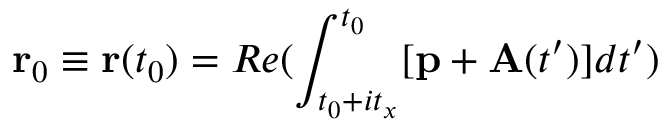
\mathbf { r } _ { 0 } \equiv \mathbf { r } ( t _ { 0 } ) = R e ( \int _ { t _ { 0 } + i t _ { x } } ^ { t _ { 0 } } [ \mathbf { p } + \mathbf { A } ( t ^ { \prime } ) ] d t ^ { \prime } )